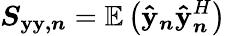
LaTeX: \boldsymbol{S_{\mathbf{y}\mathbf{y},n}}=\mathbb{{E}}\left(\boldsymbol{\hat{{\mathbf{y}}}_{n}}\boldsymbol{\hat{{\mathbf{y}}}}_{\boldsymbol{n}}^{H}\right)